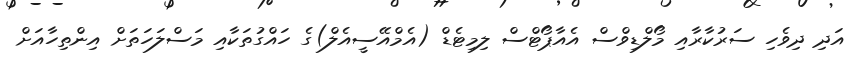
އަދި ދިވެހި ސަރުކާރާއި މޯލްޑިވްސް އެއާޕޯޓްސް ލިމިޓެޑް (އެމްއޭސީއެލް)ގެ ހައްގުތަކާއި މަސްލަހަތަށް އިންތިހާއަށް